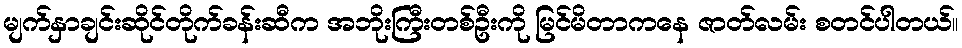
မျက်နှာချင်းဆိုင်တိုက်ခန်းဆီက အဘိုးကြီးတစ်ဦးကို မြင်မိတာကနေ ဇာတ်လမ်း စတင်ပါတယ်။